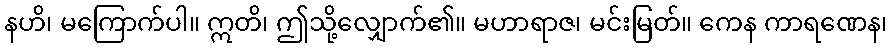
နဟိ၊ မကြောက်ပါ။ ဣတိ၊ ဤသို့လျှောက်၏။ မဟာရာဇ၊ မင်းမြတ်။ ကေန ကာရဏေန၊